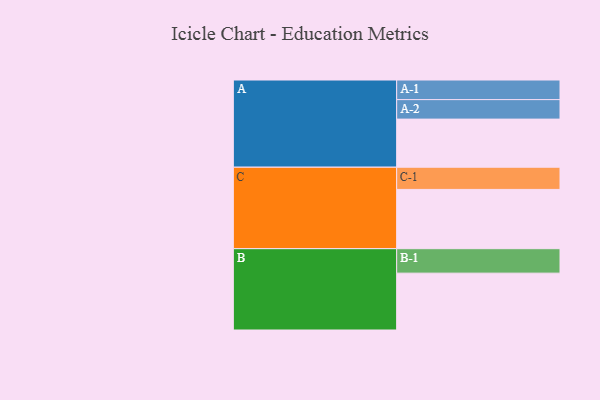
{"axis": {"x": "Segment", "y": "Value"}, "legend": ["", "A", "B", "C"], "data": [{"x": "A", "y": 358, "type": ""}, {"x": "B", "y": 423, "type": ""}, {"x": "C", "y": 441, "type": ""}, {"x": "A-1", "y": 146, "type": "A"}, {"x": "A-2", "y": 145, "type": "A"}, {"x": "B-1", "y": 182, "type": "B"}, {"x": "C-1", "y": 165, "type": "C"}]}